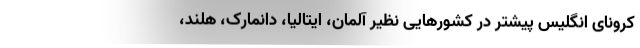
کرونای انگلیس پیشتر در کشورهایی نظیر آلمان، ایتالیا، دانمارک، هلند،